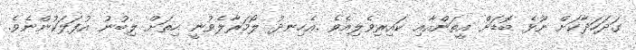
ގަދަހަދާކަށް ނޫޅެ ބޮޑަށް އީތަންއާއި ކައިރިވެލިއެވެ .އެހިނދު ލޯމަރާލެވުނީ ހިތަށް ލިބުނު އުފަލަކުންނެވެ.